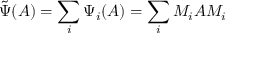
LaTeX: { \tilde { \Psi } } ( A ) = \sum _ { i } \Psi _ { i } ( A ) = \sum _ { i } M _ { i } A M _ { i }